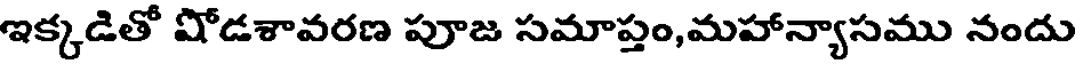
ఇక్కడితో షోడశావరణ పూజ సమాప్తం,మహాన్యాసము నందు